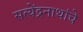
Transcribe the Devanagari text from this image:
सत्येंद्रनाथांचे